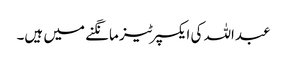
عبداللہ کی ایکسپرٹیز مانگنے میں ہیں۔